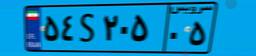
۵۴S۲۰۵۰۵